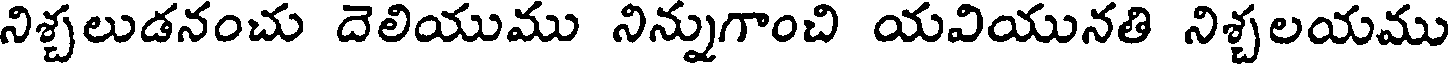
నిశ్చలుడనంచు దెలియుము నిన్నుగాంచి యవియునతి నిశ్చలయము